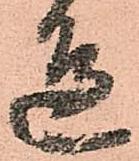
邊